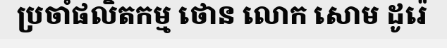
ប្រចាំផលិតកម្ម ថោន លោក សោម ដូរ៉េ